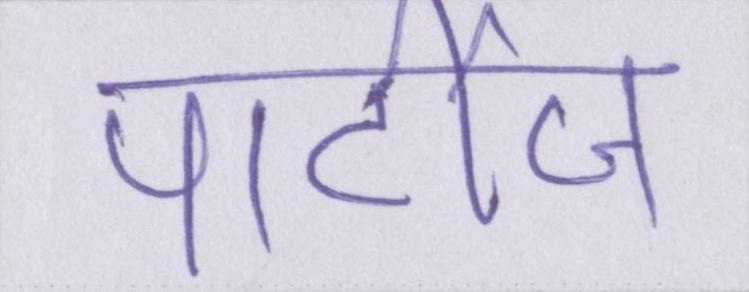
पार्टीज